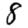
Digit: 8